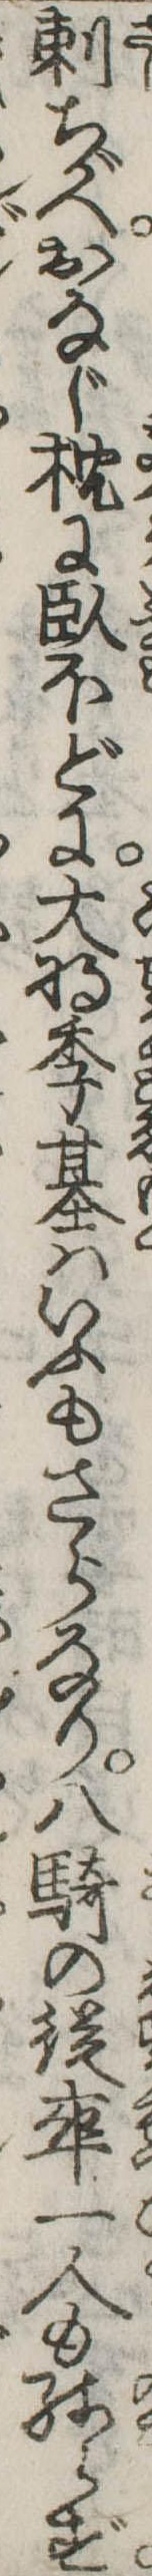
刺ちがへおなじ枕に臥ほどに大将季基はいふもさらなり八騎の従卒一人も残らず